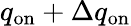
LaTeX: q_{\mathrm{on}}+\Delta q_{\mathrm{on}}